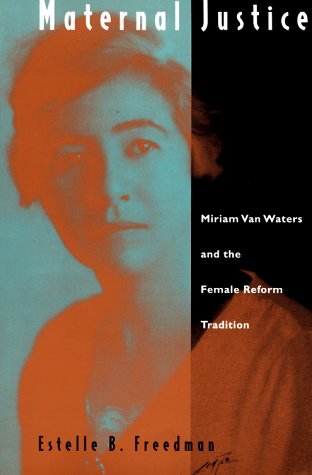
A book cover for Maternal Justice: Miriam Van Waters and the Female Reform Tradition; Estelle B. Freedman; Gay & Lesbian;